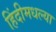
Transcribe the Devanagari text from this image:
हिंदीमधल्या